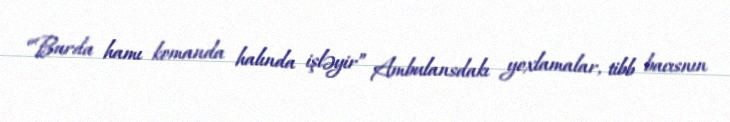
“Burda hamı komanda halında işləyir” Ambulansdakı yoxlamalar, tibb bacısnın